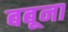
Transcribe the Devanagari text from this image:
बबूना